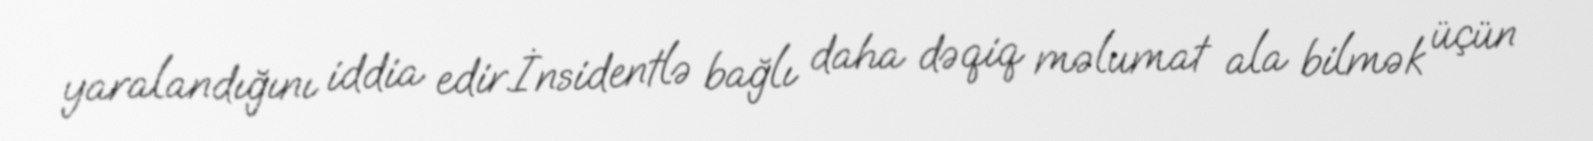
yaralandığını iddia edir.İnsidentlə bağlı daha dəqiq məlumat ala bilmək üçün